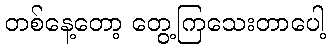
တစ်နေ့တော့ တွေ့ကြသေးတာပေါ့